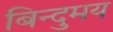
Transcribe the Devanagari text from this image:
बिन्दुमय